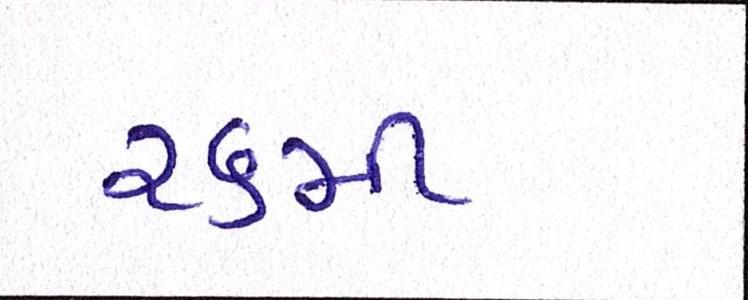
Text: ૨૬મી